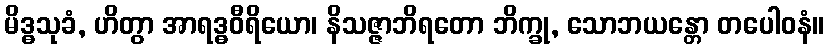
မိဒ္ဓသုခံ, ဟိတွာ အာရဒ္ဓဝီရိယော၊ နိသဇ္ဇာဘိရတော ဘိက္ခု, သောဘယန္တော တပေါဝနံ။